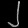
Digit: ၂